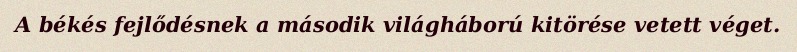
A békés fejlődésnek a második világháború kitörése vetett véget.